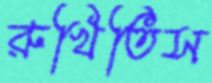
রুখিতিস